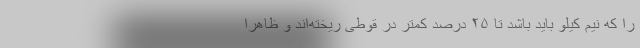
را که نیم کیلو باید باشد تا ۲۵ درصد کمتر در قوطی ریخته‌اند و ظاهراً